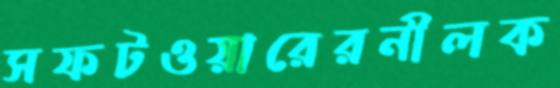
সফটওয়ারেরনীলক